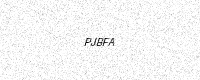
Text: PJBFA